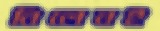
নিলেনই